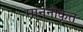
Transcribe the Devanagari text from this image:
माननीकृत